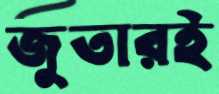
জুতারই